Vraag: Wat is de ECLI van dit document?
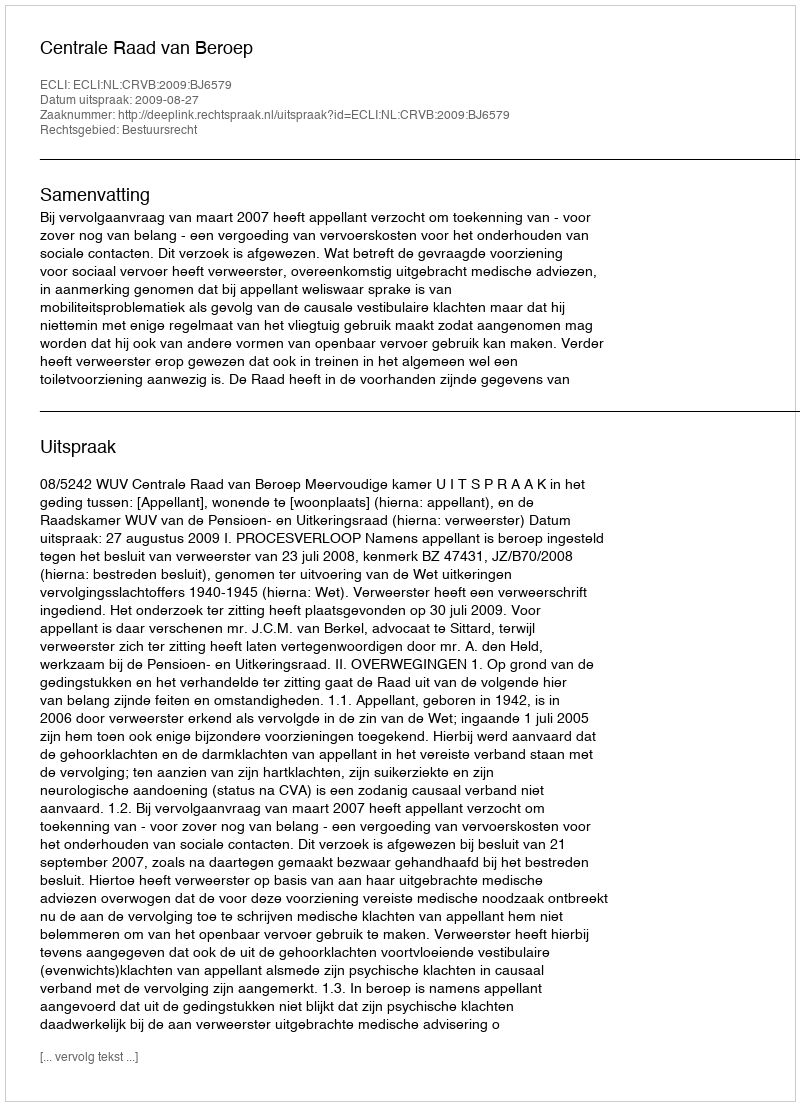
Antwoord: ECLI:NL:CRVB:2009:BJ6579